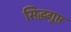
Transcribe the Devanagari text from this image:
सिद्धगुप्त